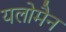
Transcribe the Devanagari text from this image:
यलोमैन